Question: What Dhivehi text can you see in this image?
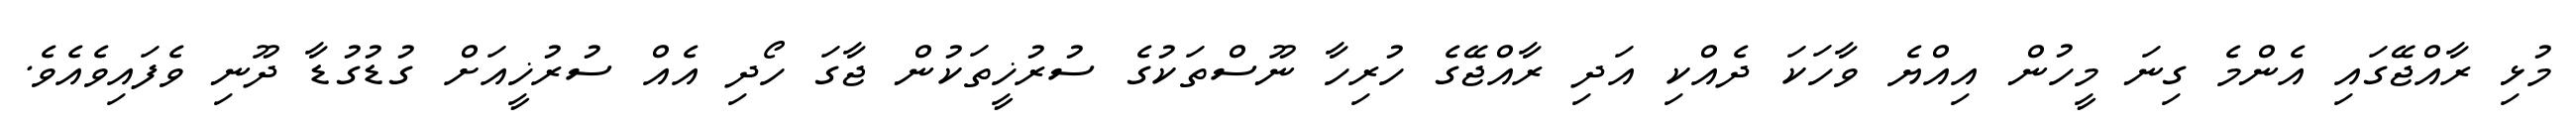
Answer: މުޅި ރާއްޖޭގައި އެންމެ ގިނަ މީހުން އިއްޔެ ވާހަކަ ދެއްކި އަދި ރާއްޖޭގެ ހުރިހާ ނޫސްތަކުގެ ސުރުޚީތަކުން ޖާގަ ހޯދި އެއް ސުރުޚީއަށް ގުޑުގުޑާ ދޫނި ވެފައިވެއެވެ.